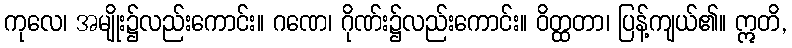
ကုလေ၊ အမျိုး၌လည်းကောင်း။ ဂဏေ၊ ဂိုဏ်း၌လည်းကောင်း။ ဝိတ္ထတာ၊ ပြန့်ကျယ်၏။ ဣတိ,